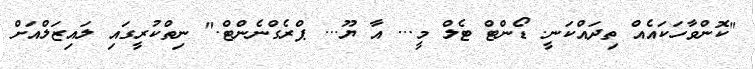
"ކޮންވާހަކައެއް ތިދައްކަނީ. ޑޯންޓް ޓެލް މީ... އާ ޔޫ... ޕްރެގްނެންޓް." ނިތްކުރީގައި ލައިޒަލްއަށް